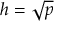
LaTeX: h = { \sqrt { p } }